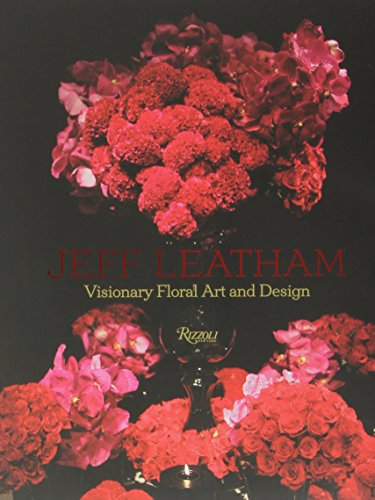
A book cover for Jeff Leatham: Visionary Floral Art and Design; Jeff Leatham; Crafts, Hobbies & Home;